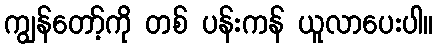
ကျွန်တော့်ကို တစ် ပန်းကန် ယူလာပေးပါ။